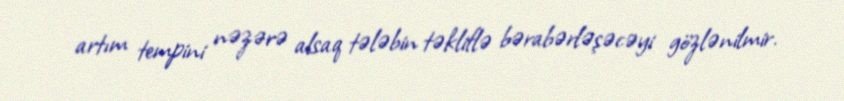
artım tempini nəzərə alsaq tələbin təkliflə bərabərləşəcəyi gözlənilmir.